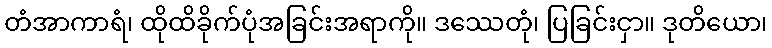
တံအာကာရံ၊ ထိုထိခိုက်ပုံအခြင်းအရာကို။ ဒဿေတုံ၊ ပြခြင်းငှာ။ ဒုတိယော၊